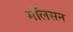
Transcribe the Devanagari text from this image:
मॉलसन